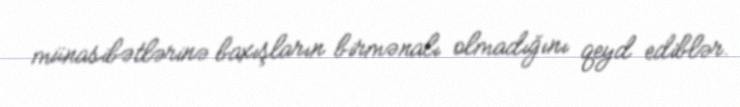
münasibətlərinə baxışların birmənalı olmadığını qeyd ediblər.